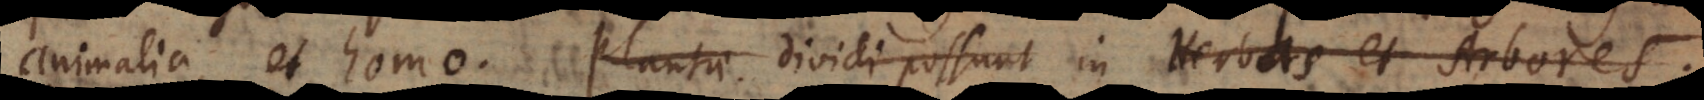
animalia, et homo. Plantae dividi possunt in Herbas et Arbores